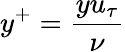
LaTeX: y^{+}=\frac{yu_{\tau}}{\nu}